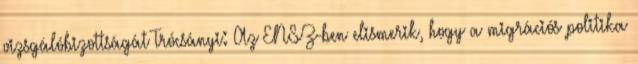
vizsgálóbizottságát Trócsányi: Az ENSZ-ben elismerik, hogy a migrációs politika